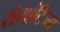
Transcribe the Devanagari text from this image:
रोमांटिज्म